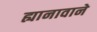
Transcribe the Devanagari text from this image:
ह्यानावाने